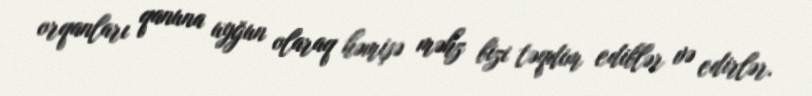
orqanları qanuna uyğun olaraq həmişə məhz bizi təqdim ediblər və edirlər.